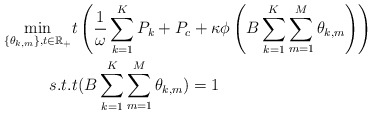
\begin{align*}\min_{\{\theta_{k,m}\}, t\in \mathbb{R}_{+}} & t\left({\frac{1}{\omega}\sum\limits_{k=1}^K P_k+P_c+\kappa\phi\left(B\sum\limits_{k=1}^K\sum\limits_{m=1}^M\theta_{k,m}\right)}\right) \\s.t. &t(B\sum\limits_{k=1}^K \sum\limits_{m=1}^M\theta_{k,m})=1\end{align*}